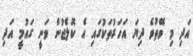
އަދި މި ވޭތުވެ ދިޔަ އަހަރުތަކުގައި އެ ކޮލެޖުން ވަނީ ގައުމީ އަދި